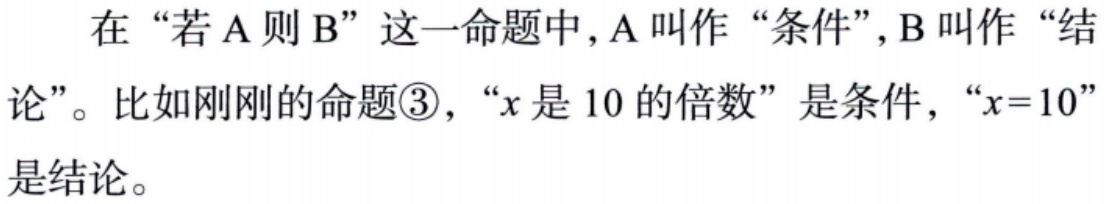
在“若 A 则 B”这一命题中，A 叫作“条件”，B 叫作“结论”。比如刚刚的命题\textcircled{3}，“\(x\)是 10 的倍数”是条件，“\(x = 10\)”是结论。